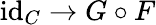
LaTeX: \operatorname{id}_{C}\to G\circ F